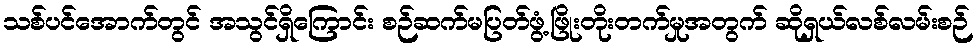
သစ်ပင်အောက်တွင် အသွင်ရှိကြောင်း စဉ်ဆက်မပြတ်ဖွံ့ဖြိုးတိုးတက်မှုအတွက် ဆိုရှယ်လစ်လမ်းစဉ်